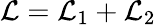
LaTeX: \mathcal{L}=\mathcal{L}_{1}+\mathcal{L}_{2}